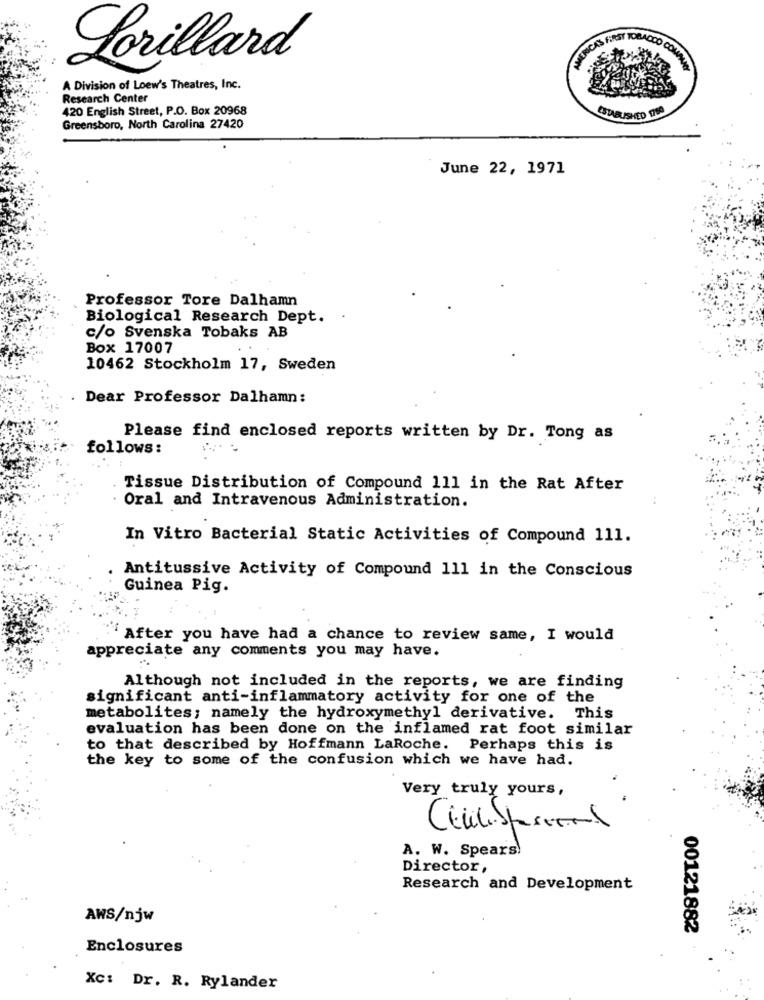
Lorillard
A Division of Loew's Theatres, Inc.
Research Center
420 English Street, P.O. Box 20968
ESTABLISHED 1760
Greensboro, North Carolina 27420
June 22, 1971
Professor Tore Dalhamn
Biological Research Dept. .
c/o Svenska Tobaks AB
Box 17007
10462 Stockholm 17, Sweden
Dear Professor Dalhamn:
Please find enclosed reports written by Dr. Tong as
follows:
Tissue Distribution of Compound 111 in the Rat After
Oral and Intravenous Administration.
In Vitro Bacterial Static Activities of Compound 111.
Antitussive Activity of Compound 111 in the Conscious
Guinea Pig.
After you have had a chance to review same, I would
appreciate any comments you may have.
Although not included in the reports, we are finding
significant anti-inflammatory activity for one of the
metabolites; namely the hydroxymethyl derivative. This
evaluation has been done on the inflamed rat foot similar
to that described by Hoffmann LaRoche. Perhaps this is
the key to some of the confusion which we have had.
Very truly yours,
A. W. Spears!
Director,
Research and Development
AWS/njw
00121882
Enclosures
Xc: Dr. R. Rylander